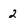
Character: 2